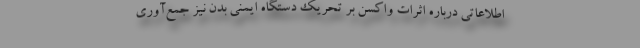
اطلاعاتی درباره اثرات واکسن بر تحریک دستگاه ایمنی بدن نیز جمع‌آوری